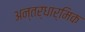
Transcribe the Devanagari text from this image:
अन्तर्धार्मिक